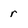
Character: r